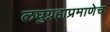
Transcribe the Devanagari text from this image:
लघुग्रहाप्रमाणेच